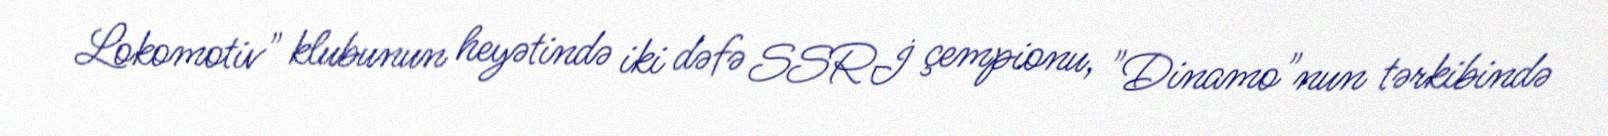
Lokomotiv" klubunun heyətində iki dəfə SSRİ çempionu, "Dinamo"nun tərkibində